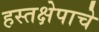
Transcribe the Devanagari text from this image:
हस्तक्षेपाचे